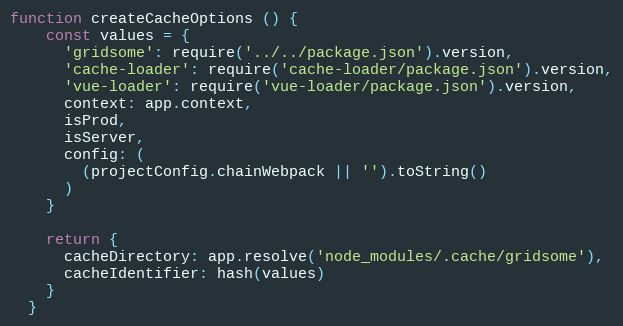
Language: JavaScript
function createCacheOptions () {
    const values = {
      'gridsome': require('../../package.json').version,
      'cache-loader': require('cache-loader/package.json').version,
      'vue-loader': require('vue-loader/package.json').version,
      context: app.context,
      isProd,
      isServer,
      config: (
        (projectConfig.chainWebpack || '').toString()
      )
    }

    return {
      cacheDirectory: app.resolve('node_modules/.cache/gridsome'),
      cacheIdentifier: hash(values)
    }
  }